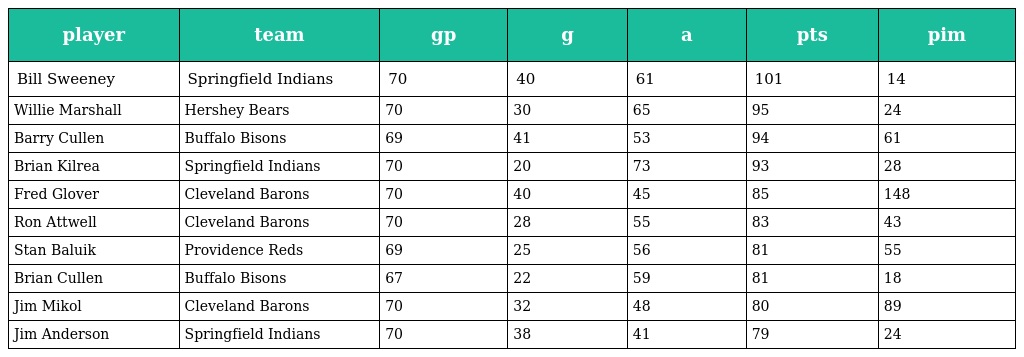
| player | team | gp | g | a | pts | pim |
 | --- | --- | --- | --- | --- | --- | --- |
 | Bill Sweeney | Springfield Indians | 70 | 40 | 61 | 101 | 14 |
 | Willie Marshall | Hershey Bears | 70 | 30 | 65 | 95 | 24 |
 | Barry Cullen | Buffalo Bisons | 69 | 41 | 53 | 94 | 61 |
 | Brian Kilrea | Springfield Indians | 70 | 20 | 73 | 93 | 28 |
 | Fred Glover | Cleveland Barons | 70 | 40 | 45 | 85 | 148 |
 | Ron Attwell | Cleveland Barons | 70 | 28 | 55 | 83 | 43 |
 | Stan Baluik | Providence Reds | 69 | 25 | 56 | 81 | 55 |
 | Brian Cullen | Buffalo Bisons | 67 | 22 | 59 | 81 | 18 |
 | Jim Mikol | Cleveland Barons | 70 | 32 | 48 | 80 | 89 |
 | Jim Anderson | Springfield Indians | 70 | 38 | 41 | 79 | 24 |